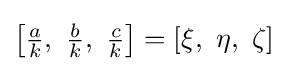
\left[{\tfrac {a}{k}},\ {\tfrac {b}{k}},\ {\tfrac {c}{k}}\right]=\left[\xi ,\ \eta ,\ \zeta \right]